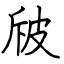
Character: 㿭